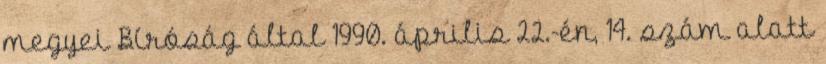
megyei Bíróság által 1990. április 22.-én, 14. szám alatt